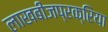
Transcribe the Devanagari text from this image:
लाखबीजप्रक्रिया